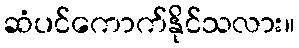
ဆံပင်ကောက်နိုင်သလား။